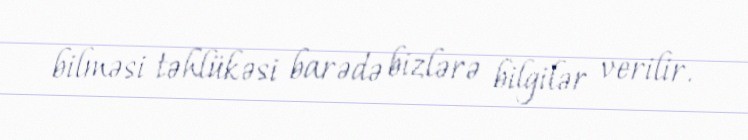
bilməsi təhlükəsi barədə bizlərə bilgilər verilir.